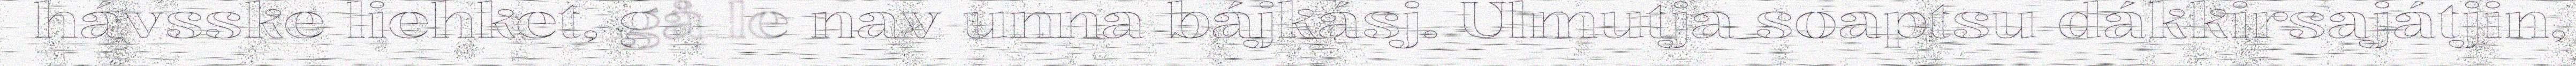
hávsske liehket, gå le nav unna bájkásj. Ulmutja soaptsu dákkirsajátjin,